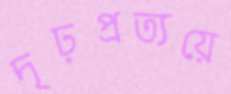
দৃঢ়প্রত্যয়ে